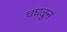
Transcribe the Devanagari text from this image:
चघळून